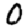
Digit: 0